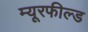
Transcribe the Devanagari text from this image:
म्यूरफील्ड